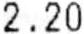
2.20